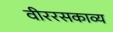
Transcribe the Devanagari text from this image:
वीररसकाव्य